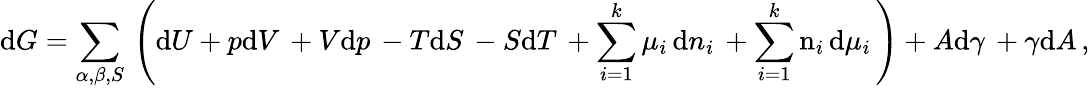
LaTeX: \mathrm{d}G=\sum_{\alpha,\beta,S}\, \left(\mathrm{d}U+p\mathrm{d}V\, +V\mathrm{d}p\, -T\mathrm{d}S\, -S\mathrm{d}T\, +\sum_{i=1}^{k}\mu_{i}\, \mathrm{d}n_{i}\, +\sum_{i=1}^{k}\mathrm{n}_{i}\, \mathrm{d}\mu_{i}\, \right)+A\mathrm{d}\gamma\, +\gamma\mathrm{d}A\, ,